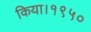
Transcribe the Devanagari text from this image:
किया।१९५०